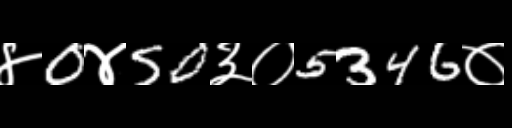
Text: ४0४50३०5346०